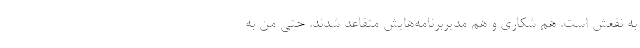
به نفعش است. هم شکاری و هم مدیربرنامه‌هایش متقاعد شدند. حتی من به